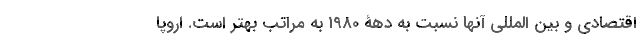
اقتصادی و بین­ المللی آنها نسبت به دهۀ 1980 به مراتب بهتر است. اروپا